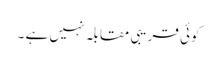
کوئی قریبی مقابلہ نہیں ہے ۔